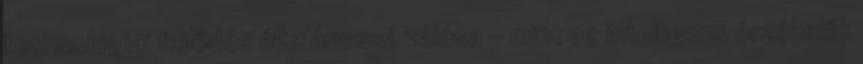
technológiai fejlődés általánossá válása - mint az intelligens érzékelők